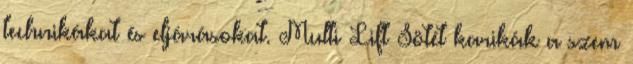
technikákat és eljárásokat. Multi Lift Sötét karikák a szem